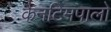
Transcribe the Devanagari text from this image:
कैनटिमपालो